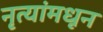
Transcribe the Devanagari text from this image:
नृत्यांमधून